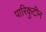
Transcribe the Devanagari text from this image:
पारिकुटीन